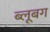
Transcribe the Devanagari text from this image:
ब्लूबग